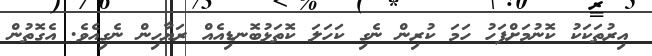
އިރުތަކަކު ކޮނުމަށްފަހު ހަމަ ކުރިން ނެގި ކަހަލަ ކޮތަޅުބޮނޑިއެއް ރަޔާހިން ނެގިއެވެ. އެގޮތުން